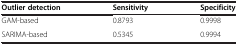
| Outlier detection | Sensitivity | Specificity |
 | --- | --- | --- |
 | GAM-based | 0.8793 | 0.9998 |
 | SARIMA-based | 0.5345 | 0.9994 |